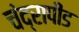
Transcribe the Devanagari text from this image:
चंद्रापीड